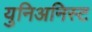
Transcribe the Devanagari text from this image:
युनिअनिस्ट